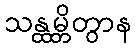
သန္ထမ္ဘိတွာန